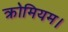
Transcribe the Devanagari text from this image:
क्रोमियम।